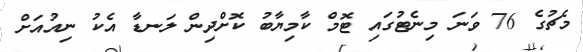
މެޗުގެ 76 ވަނަ މިނެޓުގައި ޓޮމް ކާމިޔާބު ކޮށްދިން ލަނޑާ އެކު ނިއުއަށް